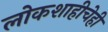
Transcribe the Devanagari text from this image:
लोकशाहीचेही